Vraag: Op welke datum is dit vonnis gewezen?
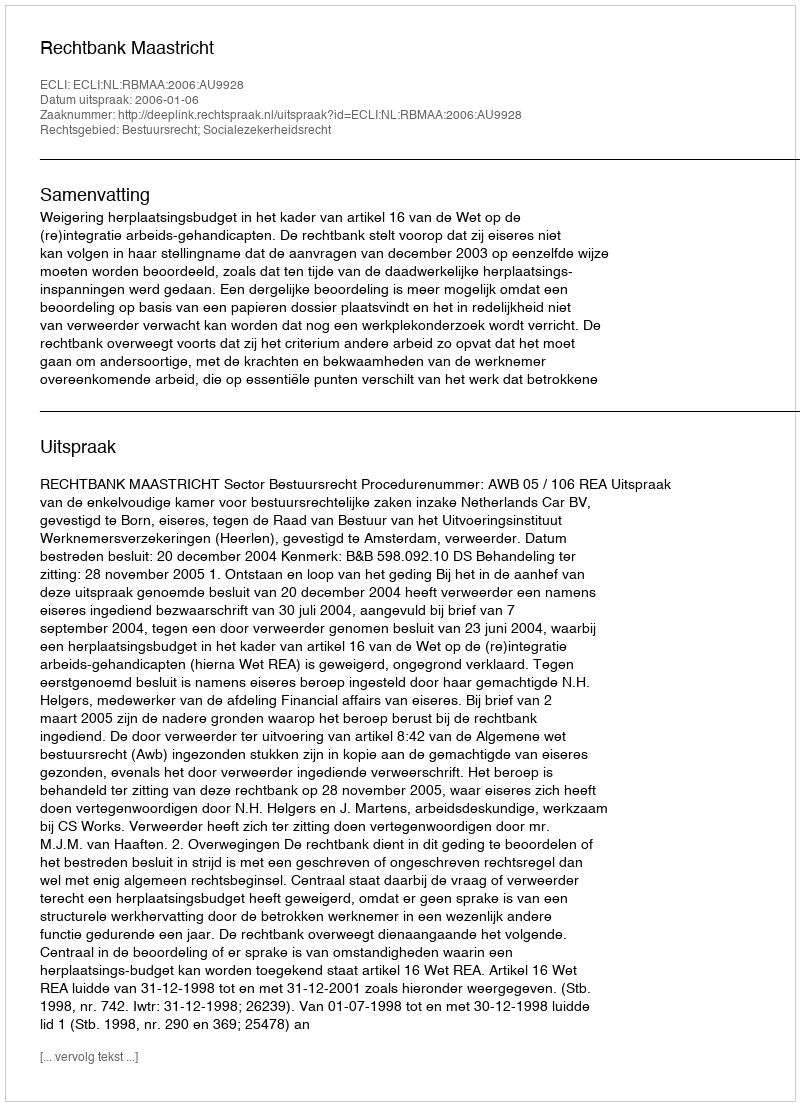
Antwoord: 2006-01-06